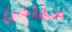
مفاجئ